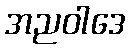
အညဝါဒေ